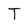
Character: T